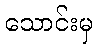
သောင်းမှ